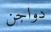
دواجن